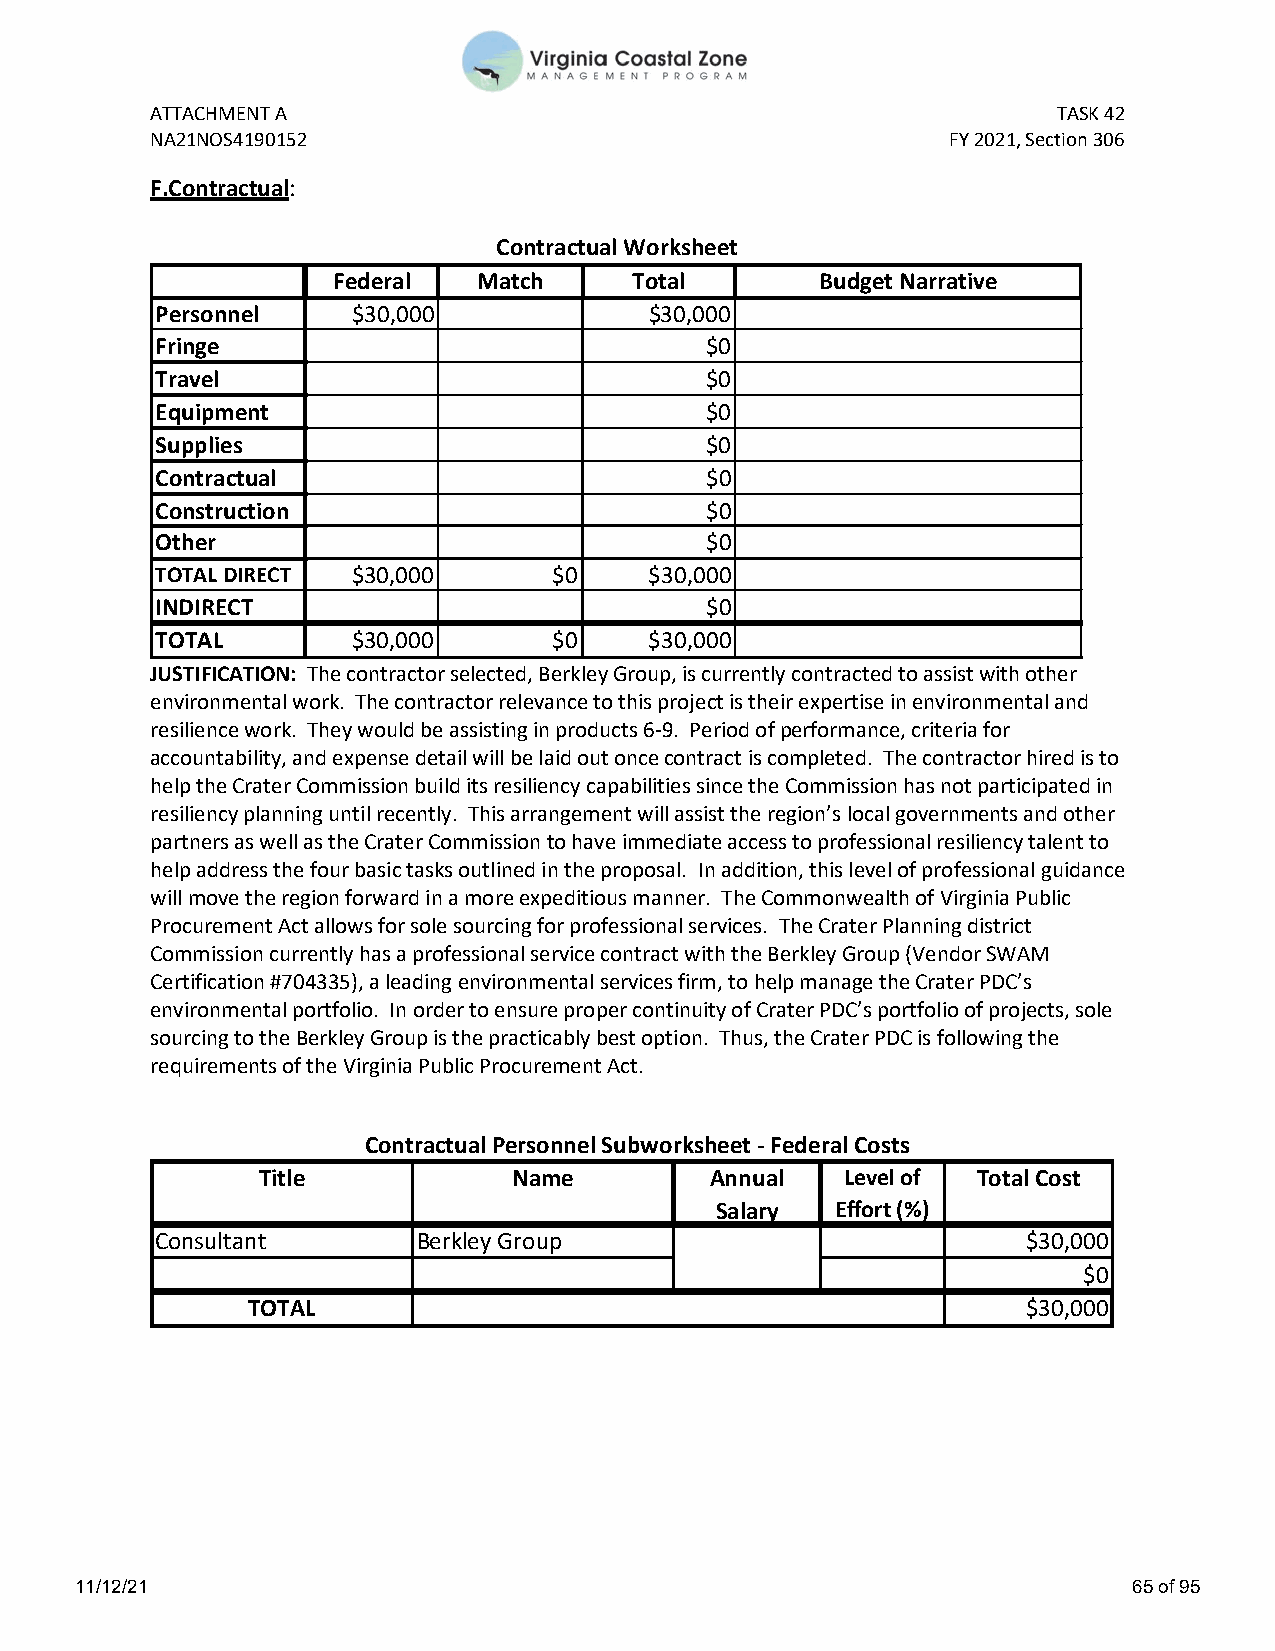
ATTACHMENT A                                                TASK 42
 NA21NOS4190152                                       FY 2021, Section 306
 F.Contractual:
 Contractual Worksheet
 Federal   Match     Total       Budget Narrative
 Personnel    $30,000             $30,000
 Fringe                               $0
 Travel                               $0
 Equipment                            $0
 Supplies                             $0
 Contractual                          $0
 Construction                         $0
 Other                                $0
 TOTAL DIRECT $30,000       $0    $30,000
 INDIRECT                             $0
 TOTAL        $30,000       $0    $30,000
 JUSTIFICATION: The contractor selected, Berkley Group, is currently contracted to assist with other
 environmental work. The contractor relevance to this project is their expertise in environmental and
 resilience work. They would be assisting in products 6-9. Period of performance, criteria for
 accountability, and expense detail will be laid out once contract is completed. The contractor hired is to
 help the Crater Commission build its resiliency capabilities since the Commission has not participated in
 resiliency planning until recently. This arrangement will assist the region’s local governments and other
 partners as well as the Crater Commission to have immediate access to professional resiliency talent to
 help address the four basic tasks outlined in the proposal. In addition, this level of professional guidance
 will move the region forward in a more expeditious manner. The Commonwealth of Virginia Public
 Procurement Act allows for sole sourcing for professional services. The Crater Planning district
 Commission currently has a professional service contract with the Berkley Group (Vendor SWAM
 Certification #704335), a leading environmental services firm, to help manage the Crater PDC’s
 environmental portfolio. In order to ensure proper continuity of Crater PDC’s portfolio of projects, sole
 sourcing to the Berkley Group is the practicably best option. Thus, the Crater PDC is following the
 requirements of the Virginia Public Procurement Act.
 Contractual Personnel Subworksheet - Federal Costs
 Title            Name         Annual   Level of Total Cost
 Salary  Effort (%)
 Consultant        Berkley Group                           $30,000
 $0
 TOTAL                                               $30,000
 11/12/21                                                              65 of 95